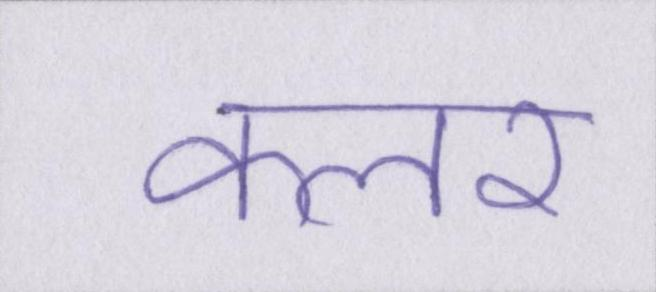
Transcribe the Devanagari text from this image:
कलर